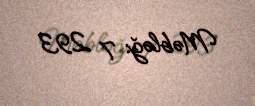
Məbləğ: 7 293